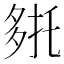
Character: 𭐹